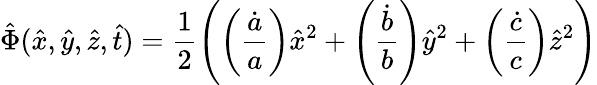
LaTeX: \hat{\Phi}(\hat{x},\hat{y},\hat{z},\hat{t})=\frac{1}{2}\left(\left(\frac{\dot{a}}{a}\right)\hat{x}^{2}+\left(\frac{\dot{b}}{b}\right)\hat{y}^{2}+\left(\frac{\dot{c}}{c}\right)\hat{z}^{2}\right)